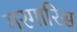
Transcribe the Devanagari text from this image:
गरगारिस